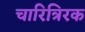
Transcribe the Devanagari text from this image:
चारित्रिरक